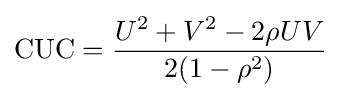
{\text{CUC}}={\frac {U^{2}+V^{2}-2\rho UV}{2(1-\rho ^{2})}}